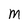
Character: M